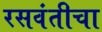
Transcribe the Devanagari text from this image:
रसवंतीचा